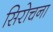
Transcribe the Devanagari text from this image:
सिरोचना